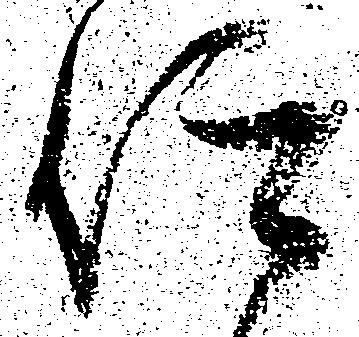
仰